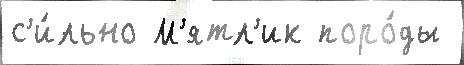
с'и́льно М'ятл'ик поро́ды